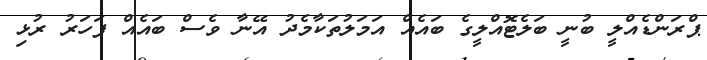
ޕްރަންޑެއްލީ ބުނީ ބަލެޓޮއްލީގެ ބައެއް އަމަލުތަކާމެދު އޭނާ ވެސް ބައެއް ފަހަރު ރުޅި